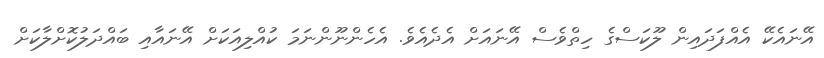
އޭނައެކޭ އެއްފަދައިން ލޫކަސްގެ ހިތްވެސް އޭނައަށް އެދެއެވެ. އެހެންނޫންނަމަ ކުއްލިއަކަށް އޭނައާއި ބައްދަލުކޮށްލާކަށް